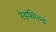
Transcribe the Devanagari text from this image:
रेडफील्ड